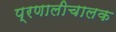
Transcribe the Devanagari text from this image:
प्रणालीचालक